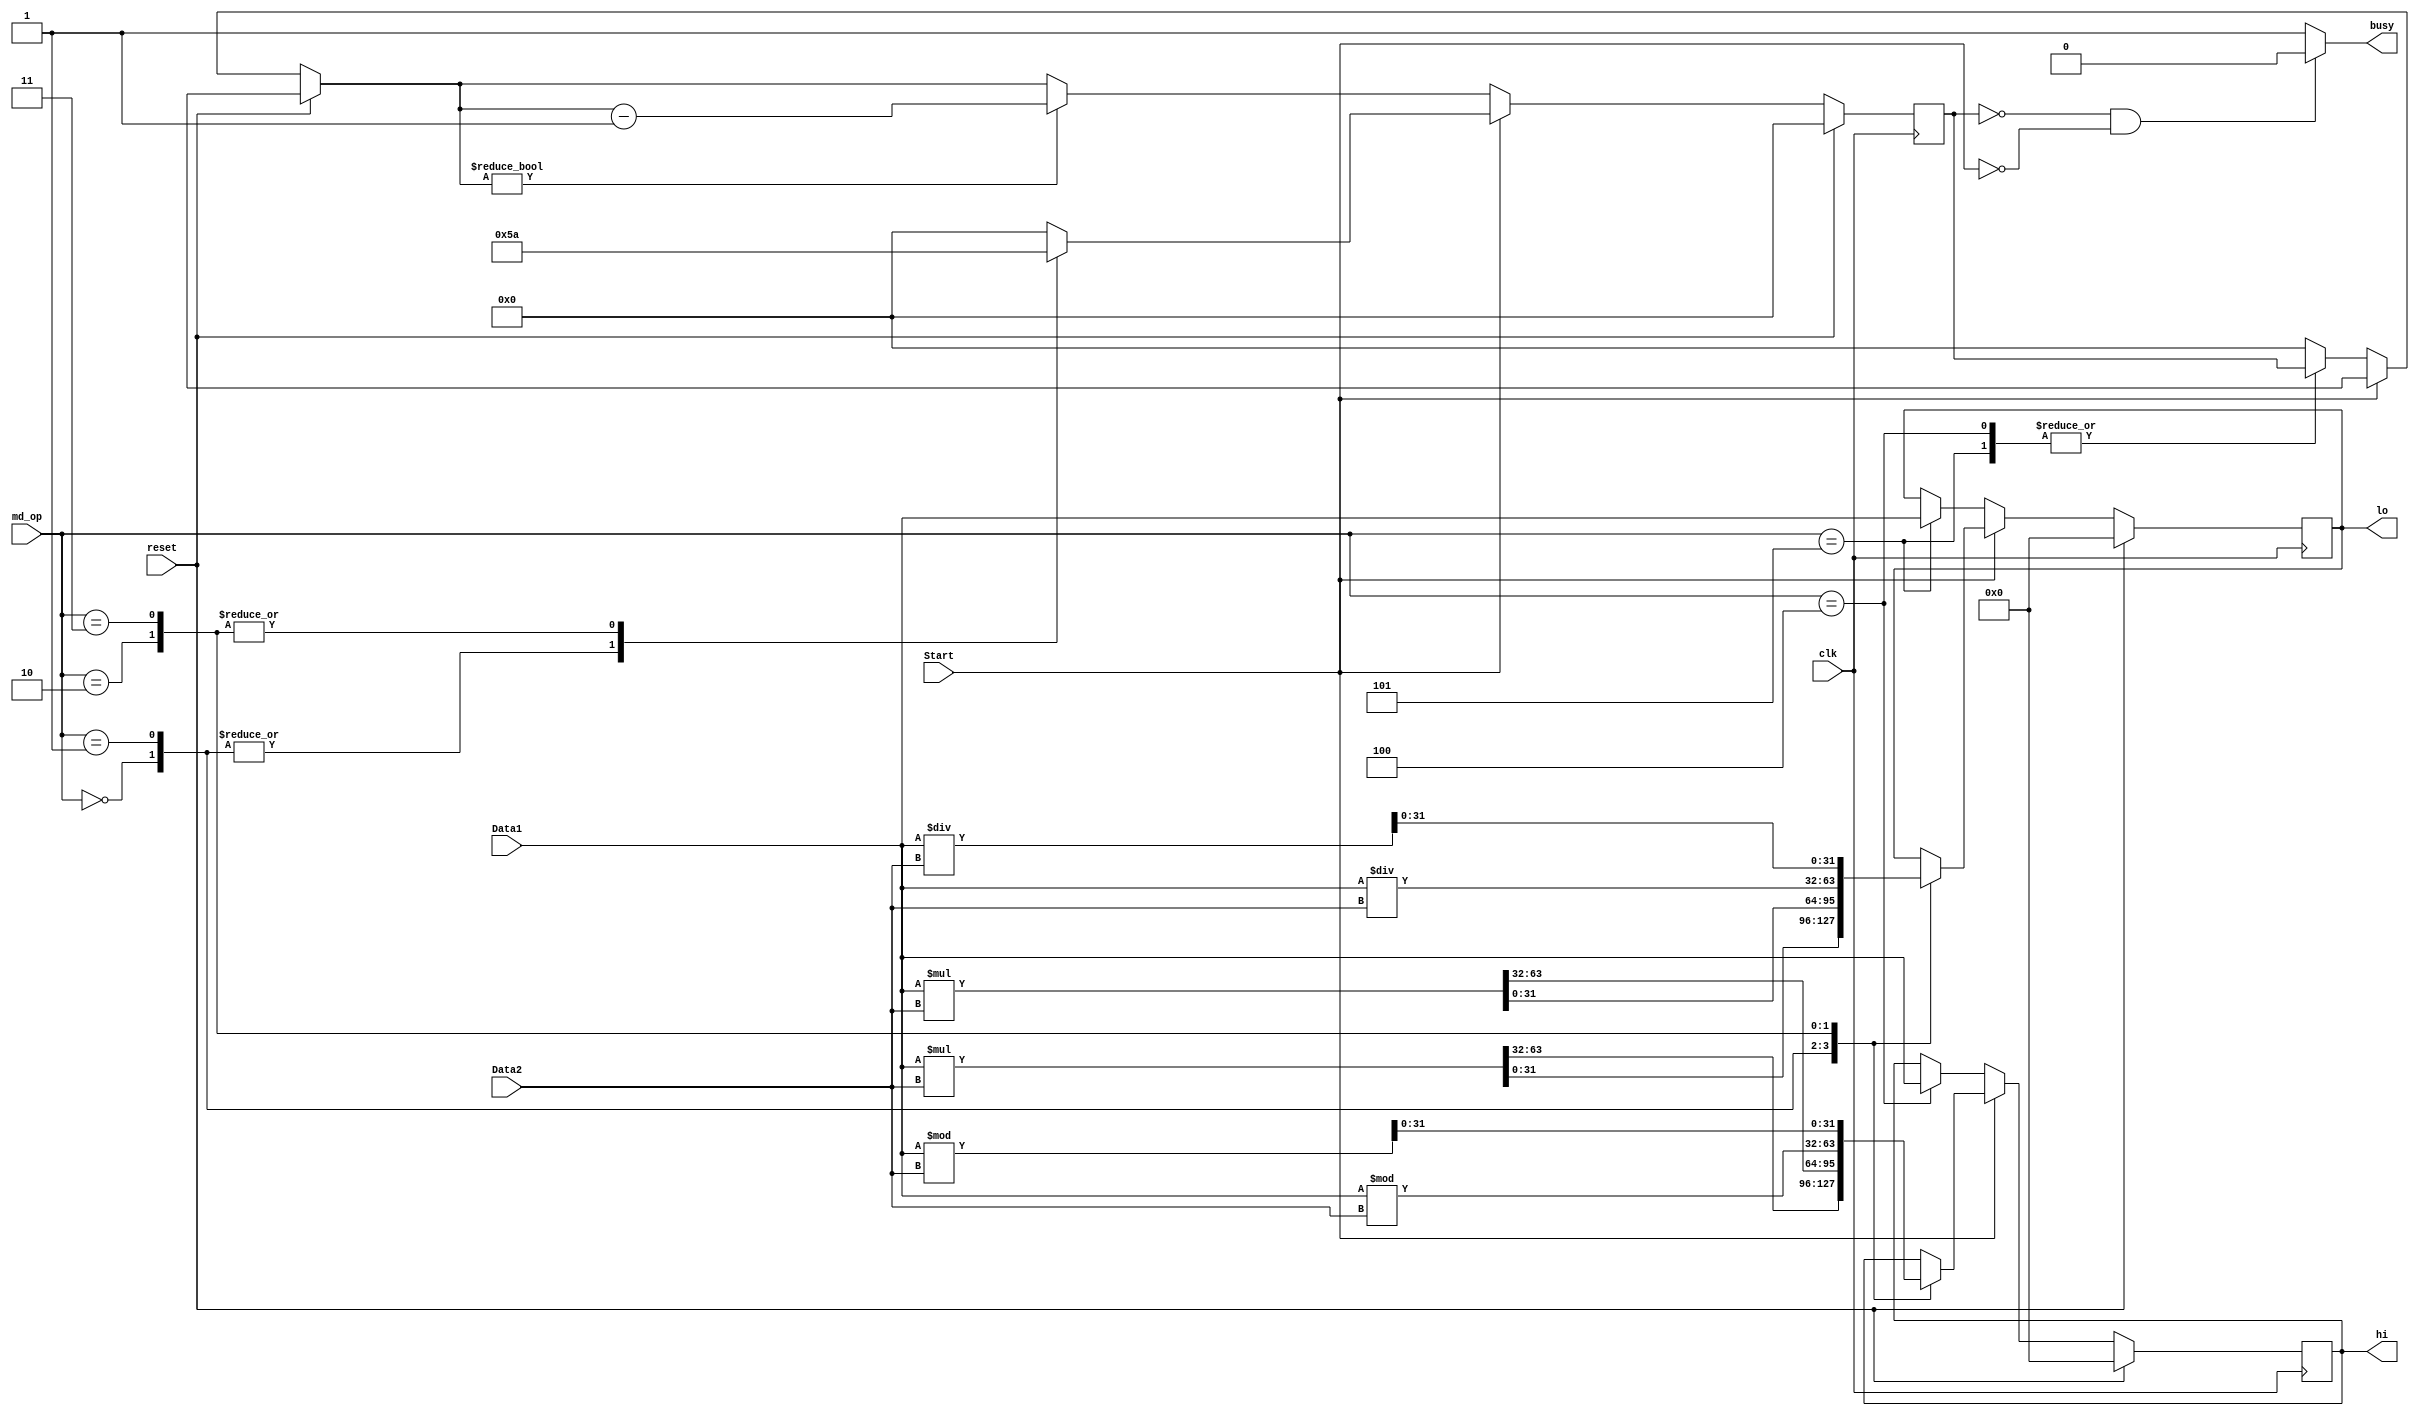
`timescale 1ns / 1ps
//////////////////////////////////////////////////////////////////////////////////
// Company: 
// Engineer: 
// 
// Design Name: 
// Module Name:    md 
// Project Name: 
// Target Devices: 
// Tool versions: 
// Description: 
//
// Dependencies: 
//
// Revision: 
// Revision 0.01 - File Created
// Additional Comments: 
//
//////////////////////////////////////////////////////////////////////////////////
module md(
    input [31:0] Data1,
    input [31:0] Data2,
    input Start,
    input clk,
    input reset,
    input [2:0] md_op,
    output reg [31:0] hi,
    output reg [31:0] lo,
	 output  busy
    );
	
	reg [3:0] count;
	reg [1:0] over;
	
	initial begin
			count = 0;
			hi = 0;
			lo = 0;
			over = 0;		
	end
	
	
	always @(posedge clk)begin
		if(reset)begin
			count = 0;
			hi = 0;
			lo = 0;
			over = 0;
		end
		
		else if(Start) begin
		
			
			case(md_op)
				3'b000: begin
								{hi,lo} = $signed(Data1) * $signed(Data2);
								count = 5;
				        end
				3'b001: begin
								{over,hi,lo} = {1'b0,Data1} * {1'b0,Data2};
								count = 5;
						  end
				3'b010: begin
								lo = $signed(Data1) / $signed(Data2);
								hi = $signed(Data1) % $signed(Data2);
								count = 10;
						  end
				3'b011: begin
								lo = {1'b0,Data1} / {1'b0,Data2};
								hi = {1'b0,Data1} % {1'b0,Data2};
								count = 10;
						  end

				default: count = 0;
				
			endcase
		end
		
		else begin
			   
				case(md_op)
					3'b100: begin
									hi = Data1;
							  end
						  
					3'b101: begin
									lo = Data1;
							  end
				
					default: count = 0;
				
				endcase
						  
				if(count != 0) count = count - 1;
		end
	
	
	end
	
   assign busy = ((count == 0)&&(Start == 0))?0:1;//countbusy = 0
	

endmodule